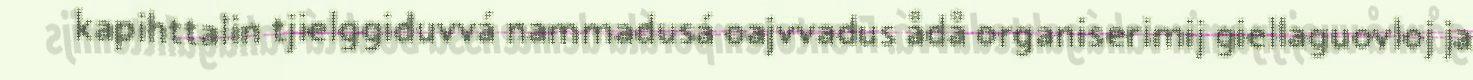
kapihttalin tjielggiduvvá nammadusá oajvvadus ådå organiserimij giellaguovloj ja